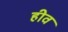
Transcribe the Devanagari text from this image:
हीव